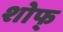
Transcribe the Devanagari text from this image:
शोफ्